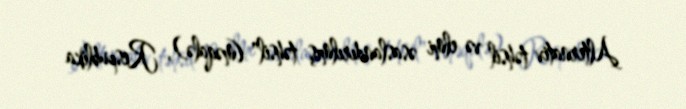
Alternativ təhsil və elmi əsaslandırılmış təhsil" (məqalə), Respublika